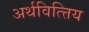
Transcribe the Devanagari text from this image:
अर्थवित्त्तिय